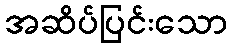
အဆိပ်ပြင်းသော